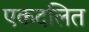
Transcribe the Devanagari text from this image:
एकदलित